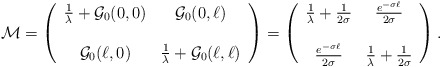
\begin{align*}{\cal M}=\left(\begin{array}{cc}\frac{1}{\lambda}+{\cal G}_0(0,0) & {\cal G}_0(0,\ell) \\ & \\{\cal G}_0(\ell,0) & \frac{1}{\lambda}+{\cal G}_0(\ell,\ell)\end{array}\right)=\left(\begin{array}{cc}\frac{1}{\lambda}+\frac{1}{2\sigma} &\frac{e^{-\sigma\ell}}{2\sigma} \\ & \\\frac{e^{-\sigma\ell}}{2\sigma} &\frac{1}{\lambda}+\frac{1}{2\sigma}\end{array}\right).\end{align*}